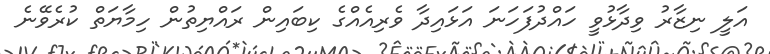
އަލީ ނިޒާރު ވިދާޅުވީ ހައްދުފަހަނަ އަޅައިދާ ވެރިއެއްގެ ކިބައިން ރައްޔިތުން ހިމާޔަތް ކުރެވޭނެ